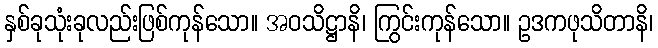
နှစ်ခုသုံးခုလည်းဖြစ်ကုန်သော။ အဝသိဋ္ဌာနိ၊ ကြွင်းကုန်သော။ ဥဒကဖုသိတာနိ၊